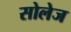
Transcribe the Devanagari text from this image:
सोलेज